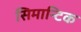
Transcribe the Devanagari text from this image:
सिमान्टिक